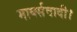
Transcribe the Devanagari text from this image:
मार्क्सवादी।